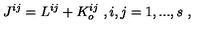
J ^ { i j } = L ^ { i j } + K _ { o } ^ { i j } \ , i , j = 1 , . . . , s \ ,